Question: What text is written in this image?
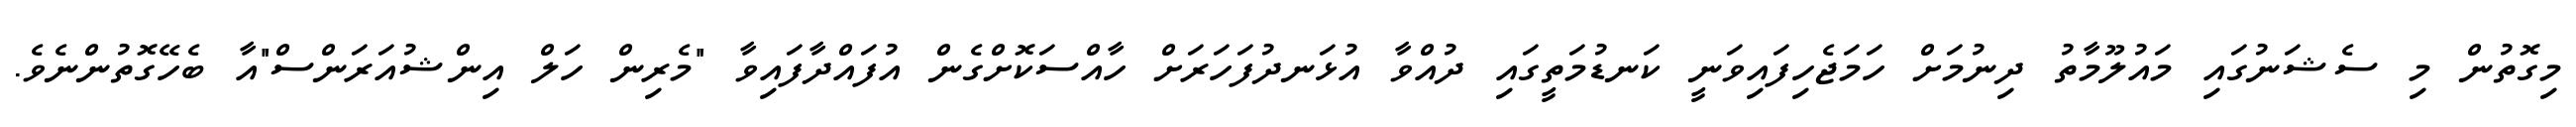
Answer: މިގޮތުން މި ސެޝަނުގައި މައުލޫމާތު ދިނުމަށް ހަމަޖެހިފައިވަނީ ކަނޑުމަތީގައި ދުއްވާ އުޅަނދުފަހަރަށް ހާއްސަކޮށްގެން އުފައްދާފައިވާ "މެރިން ހަލް އިންޝުއަރަންސް"އާ ބެހޭގޮތުންނެވެ.